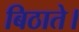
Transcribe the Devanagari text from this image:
बिठाते।